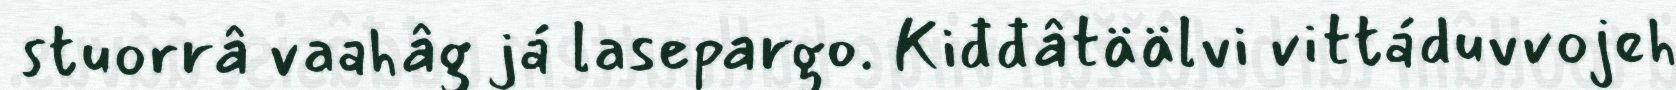
stuorrâ vaahâg já lasepargo. Kiđđâtäälvi vittáduvvojeh